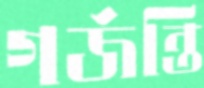
গর্জন্তি